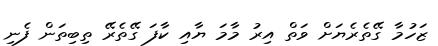
ޒަހުމާ ގޭތެރެޔަށް ވަތް އިރު މާމަ ޔާއި ކާފަ ގޭތެރޭ ތިބިތަން ފެނި